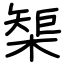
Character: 榘